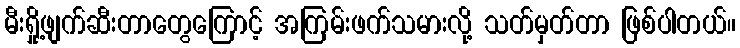
မီးရှို့ဖျက်ဆီးတာတွေကြောင့် အကြမ်းဖက်သမားလို့ သတ်မှတ်တာ ဖြစ်ပါတယ်။